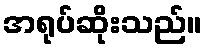
အရုပ်ဆိုးသည်။